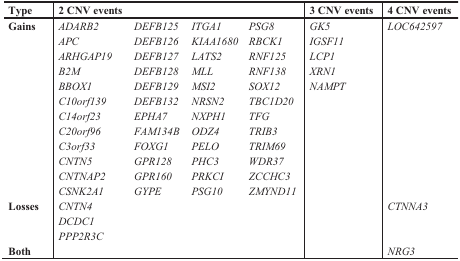
<table><thead><tr><td><b>Type</b></td><td><b>2 CNV events</b></td><td></td><td></td><td></td><td><b>3 CNV events</b></td><td><b>4 CNV events</b></td></tr></thead><tbody><tr><td><b>Gains</b></td><td><i>ADARB2</i></td><td><i>DEFB125</i></td><td><i>ITGA1</i></td><td><i>PSG8</i></td><td><i>GK5</i></td><td><i>LOC642597</i></td></tr><tr><td></td><td><i>APC</i></td><td><i>DEFB126</i></td><td><i>KIAA1680</i></td><td><i>RBCK1</i></td><td><i>IGSF11</i></td><td></td></tr><tr><td></td><td><i>ARHGAP19</i></td><td><i>DEFB127</i></td><td><i>LATS2</i></td><td><i>RNF125</i></td><td><i>LCP1</i></td><td></td></tr><tr><td></td><td><i>B2M</i></td><td><i>DEFB128</i></td><td><i>MLL</i></td><td><i>RNF138</i></td><td><i>XRN1</i></td><td></td></tr><tr><td></td><td><i>BBOX1</i></td><td><i>DEFB129</i></td><td><i>MSI2</i></td><td><i>SOX12</i></td><td><i>NAMPT</i></td><td></td></tr><tr><td></td><td><i>C10orf139</i></td><td><i>DEFB132</i></td><td><i>NRSN2</i></td><td><i>TBC1D20</i></td><td></td><td></td></tr><tr><td></td><td><i>C14orf23</i></td><td><i>EPHA7</i></td><td><i>NXPH1</i></td><td><i>TFG</i></td><td></td><td></td></tr><tr><td></td><td><i>C20orf96</i></td><td><i>FAM134B</i></td><td><i>ODZ4</i></td><td><i>TRIB3</i></td><td></td><td></td></tr><tr><td></td><td><i>C3orf33</i></td><td><i>FOXG1</i></td><td><i>PELO</i></td><td><i>TRIM69</i></td><td></td><td></td></tr><tr><td></td><td><i>CNTN5</i></td><td><i>GPR128</i></td><td><i>PHC3</i></td><td><i>WDR37</i></td><td></td><td></td></tr><tr><td></td><td><i>CNTNAP2</i></td><td><i>GPR160</i></td><td><i>PRKCI</i></td><td><i>ZCCHC3</i></td><td></td><td></td></tr><tr><td></td><td><i>CSNK2A1</i></td><td><i>GYPE</i></td><td><i>PSG10</i></td><td><i>ZMYND11</i></td><td></td><td></td></tr><tr><td><b>Losses</b></td><td><i>CNTN4</i></td><td></td><td></td><td></td><td></td><td><i>CTNNA3</i></td></tr><tr><td></td><td><i>DCDC1</i></td><td></td><td></td><td></td><td></td><td></td></tr><tr><td></td><td><i>PPP2R3C</i></td><td></td><td></td><td></td><td></td><td></td></tr><tr><td><b>Both</b></td><td></td><td></td><td></td><td></td><td></td><td><i>NRG3</i></td></tr></tbody></table>